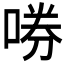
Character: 𫪤